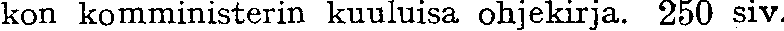
kon komministerin kuuluisa ohjekirja. 250 siv.